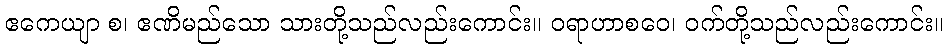
ဧကေယျာ စ၊ ဧဏိမည်သော သားတို့သည်လည်းကောင်း။ ဝရာဟာစဝေ၊ ဝက်တို့သည်လည်းကောင်း။